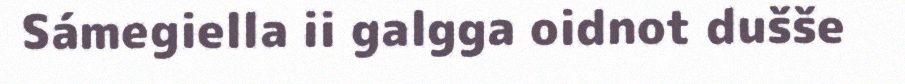
Sámegiella ii galgga oidnot dušše